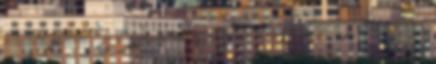
halálát jelenti: "A napfény ragyogásához hasonlóan a prána maga